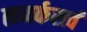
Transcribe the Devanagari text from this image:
त्वमर्कस्त्वं